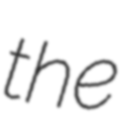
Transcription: the